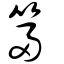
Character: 箒